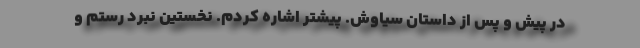
در پیش و پس از داستان سیاوش. پیشتر اشاره کردم. نخستین نبرد رستم و